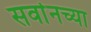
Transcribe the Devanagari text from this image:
सर्वानच्या